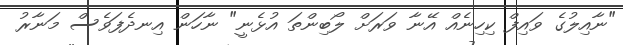
"ނާއިލުގެ ވައިފް ކިހިނެއް އޭނާ ވަރަށް ލޯބިންތަ އުޅެނީ" ނާހަން އިނދެފަވެސް މަނާރު